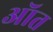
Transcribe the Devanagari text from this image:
ऑत